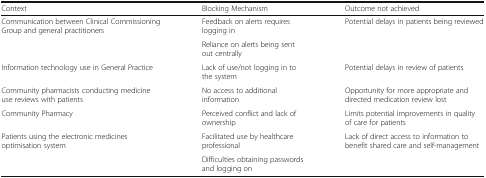
<table><thead><tr><td><b>Context</b></td><td><b>Blocking Mechanism</b></td><td><b>Outcome not achieved</b></td></tr></thead><tbody><tr><td rowspan="2">Communication between Clinical Commissioning Group and general practitioners</td><td>Feedback on alerts requires logging in</td><td rowspan="2">Potential delays in patients being reviewed</td></tr><tr><td>Reliance on alerts being sent out centrally</td></tr><tr><td>Information technology use in General Practice</td><td>Lack of use/not logging in to the system</td><td>Potential delays in review of patients</td></tr><tr><td>Community pharmacists conducting medicine use reviews with patients</td><td>No access to additional information</td><td>Opportunity for more appropriate and directed medication review lost</td></tr><tr><td>Community Pharmacy</td><td>Perceived conflict and lack of ownership</td><td>Limits potential improvements in quality of care for patients</td></tr><tr><td rowspan="2">Patients using the electronic medicines optimisation system</td><td>Facilitated use by healthcare professional</td><td rowspan="2">Lack of direct access to information to benefit shared care and self-management</td></tr><tr><td>Difficulties obtaining passwords and logging on</td></tr></tbody></table>